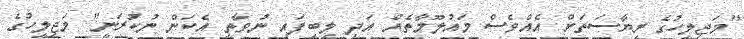
"މަޖިލީހުގެ ރިޔާސަތަށް އެއްވެސް މައުލޫމާތެއް އަދި ލިބިފައި ނުވާތީ އެކަން ނުކުރަނީ" މަޖިލީހުގެ